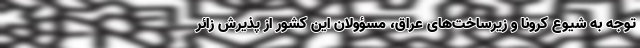
توجه به شیوع کرونا و زیرساخت‌های عراق، مسؤولان این کشور از پذیرش زائر